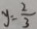
y = \frac { 2 } { 3 }